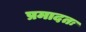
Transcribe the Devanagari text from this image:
प्रमादतः